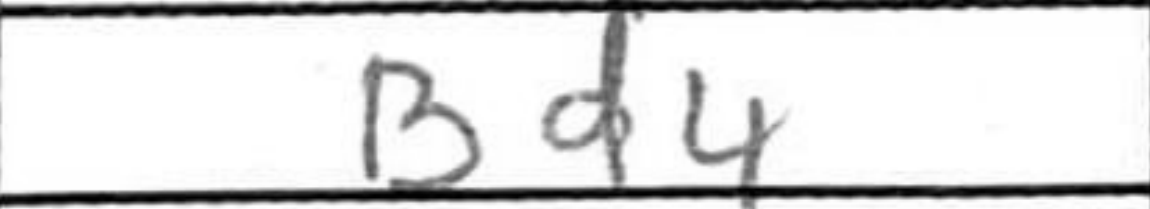
Transcription: Bd4